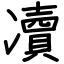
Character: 凟